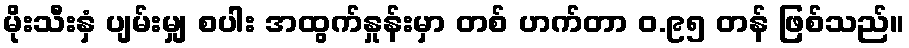
မိုးသီးနှံ ပျမ်းမျှ စပါး အထွက်နှုန်းမှာ တစ် ဟက်တာ ဝ.၉၅ တန် ဖြစ်သည်။